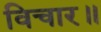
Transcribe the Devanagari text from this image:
विचार॥